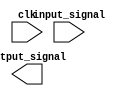
module behavioral_block(clk, input_signal, output_signal);

input clk;
input input_signal;
output reg output_signal;

always @(posedge clk, negedge clk)
begin
    // block behavior logic here
end

endmodule